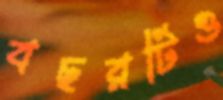
বছরটিও